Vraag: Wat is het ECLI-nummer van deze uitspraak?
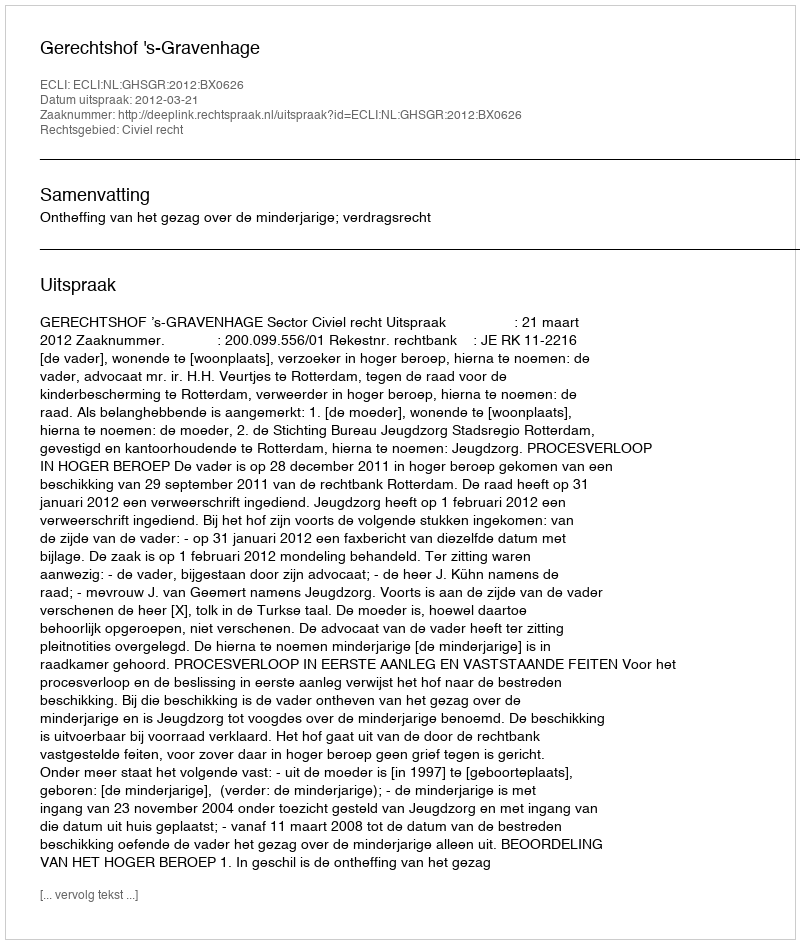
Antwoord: ECLI:NL:GHSGR:2012:BX0626